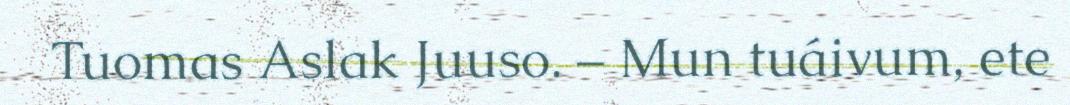
Tuomas Aslak Juuso. – Mun tuáivum, ete